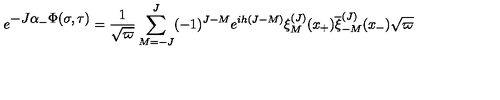
e ^ { \textstyle - J \alpha _ { - } \Phi ( \sigma , \tau ) } = { \frac { 1 } { \sqrt { \varpi } } } \sum _ { M = - J } ^ { J } ( - 1 ) ^ { J - M } e ^ { i h ( J - M ) } \xi _ { M } ^ { ( J ) } ( x _ { + } ) { \overline { \xi } _ { - M } ^ { ( J ) } } ( x _ { - } ) \sqrt { \varpi }